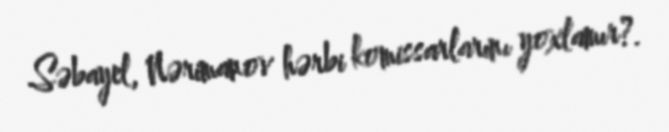
Səbayel, Nərimanov hərbi komissarlarını yoxlamır?.